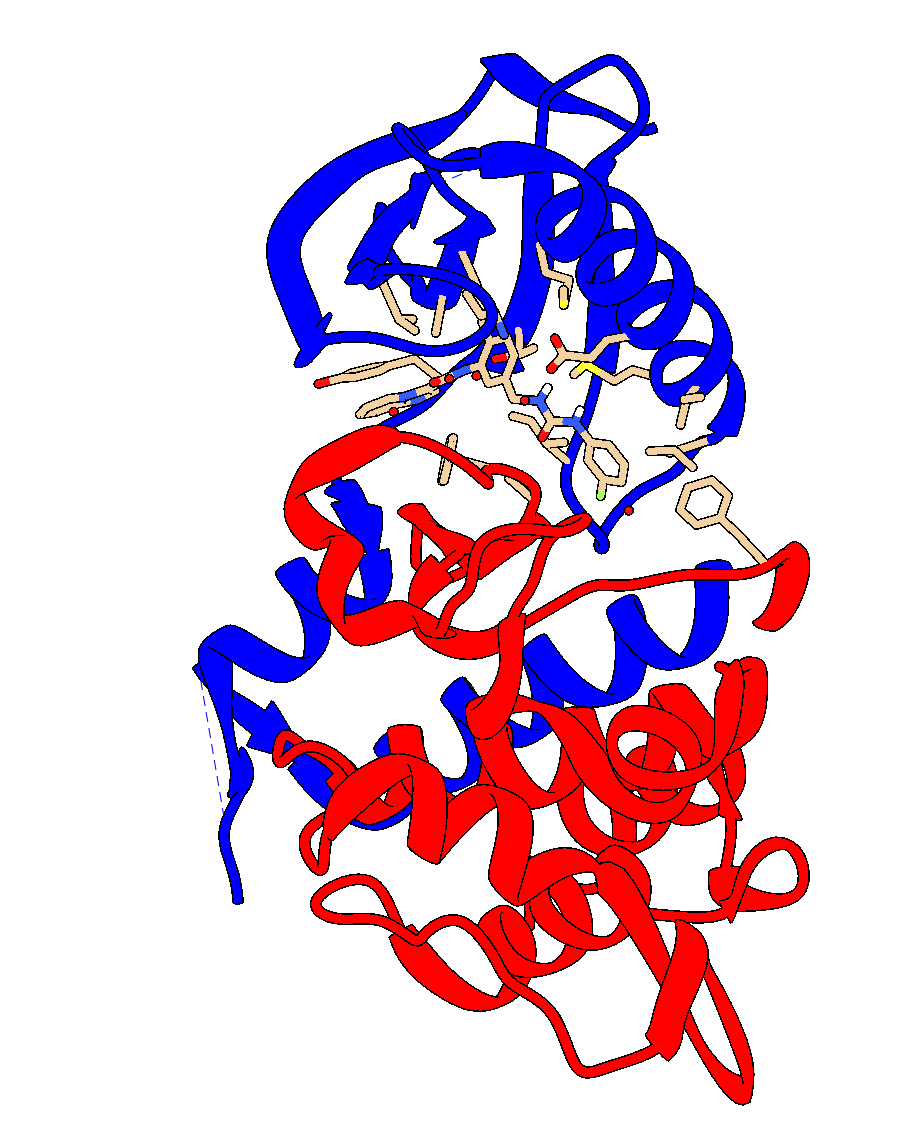
chimera, silhouette, rounded ribbon